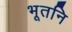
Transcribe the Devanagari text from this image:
भूतनि